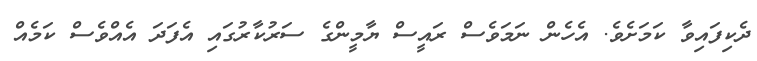
ދެކިފައިވާ ކަމަށެވެ. އެހެން ނަމަވެސް ރައީސް ޔާމީންގެ ސަރުކާރުގައި އެފަދަ އެއްވެސް ކަމެއް